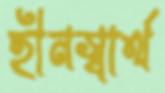
হীনস্বার্থ